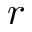
r